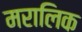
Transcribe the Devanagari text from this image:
मरालिक